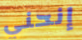
إنحني